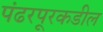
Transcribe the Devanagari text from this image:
पंढरपूरकडील